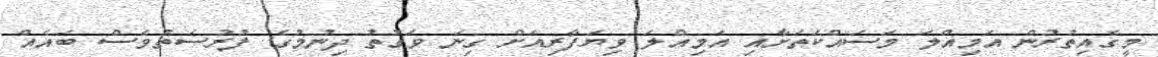
މީގެއިތުރުން އަމިއްލަ މަސައްކަތަށާއި އަމިއްލަ ވިޔަފާރިއަށް ގިނަ ވަގުތު ދިނުމުގެ ފުރުސަތުވެސް ބައެއް